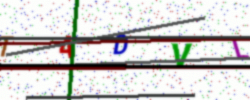
Text: T4DVL